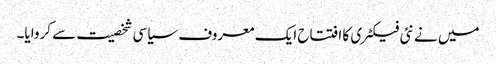
میں نے نئی فیکٹری کا افتتاح ایک معروف سیاسی شخصیت سے کروایا۔